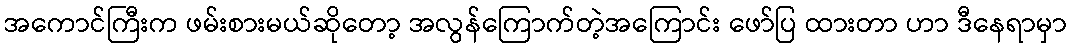
အကောင်ကြီးက ဖမ်းစားမယ်ဆိုတော့ အလွန်ကြောက်တဲ့အကြောင်း ဖော်ပြ ထားတာ ဟာ ဒီနေရာမှာ